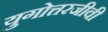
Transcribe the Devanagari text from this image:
युगोत्तरजीवी